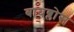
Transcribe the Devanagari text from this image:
बायब्लोस